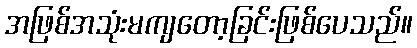
အဖြစ်အသုံးမကျတော့ခြင်းဖြစ်ပေသည်။